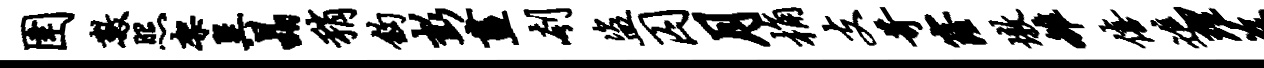
圉数照架巽晶稍钩彭画刳盗囚月桷支苛窿墩雒僖进理兹